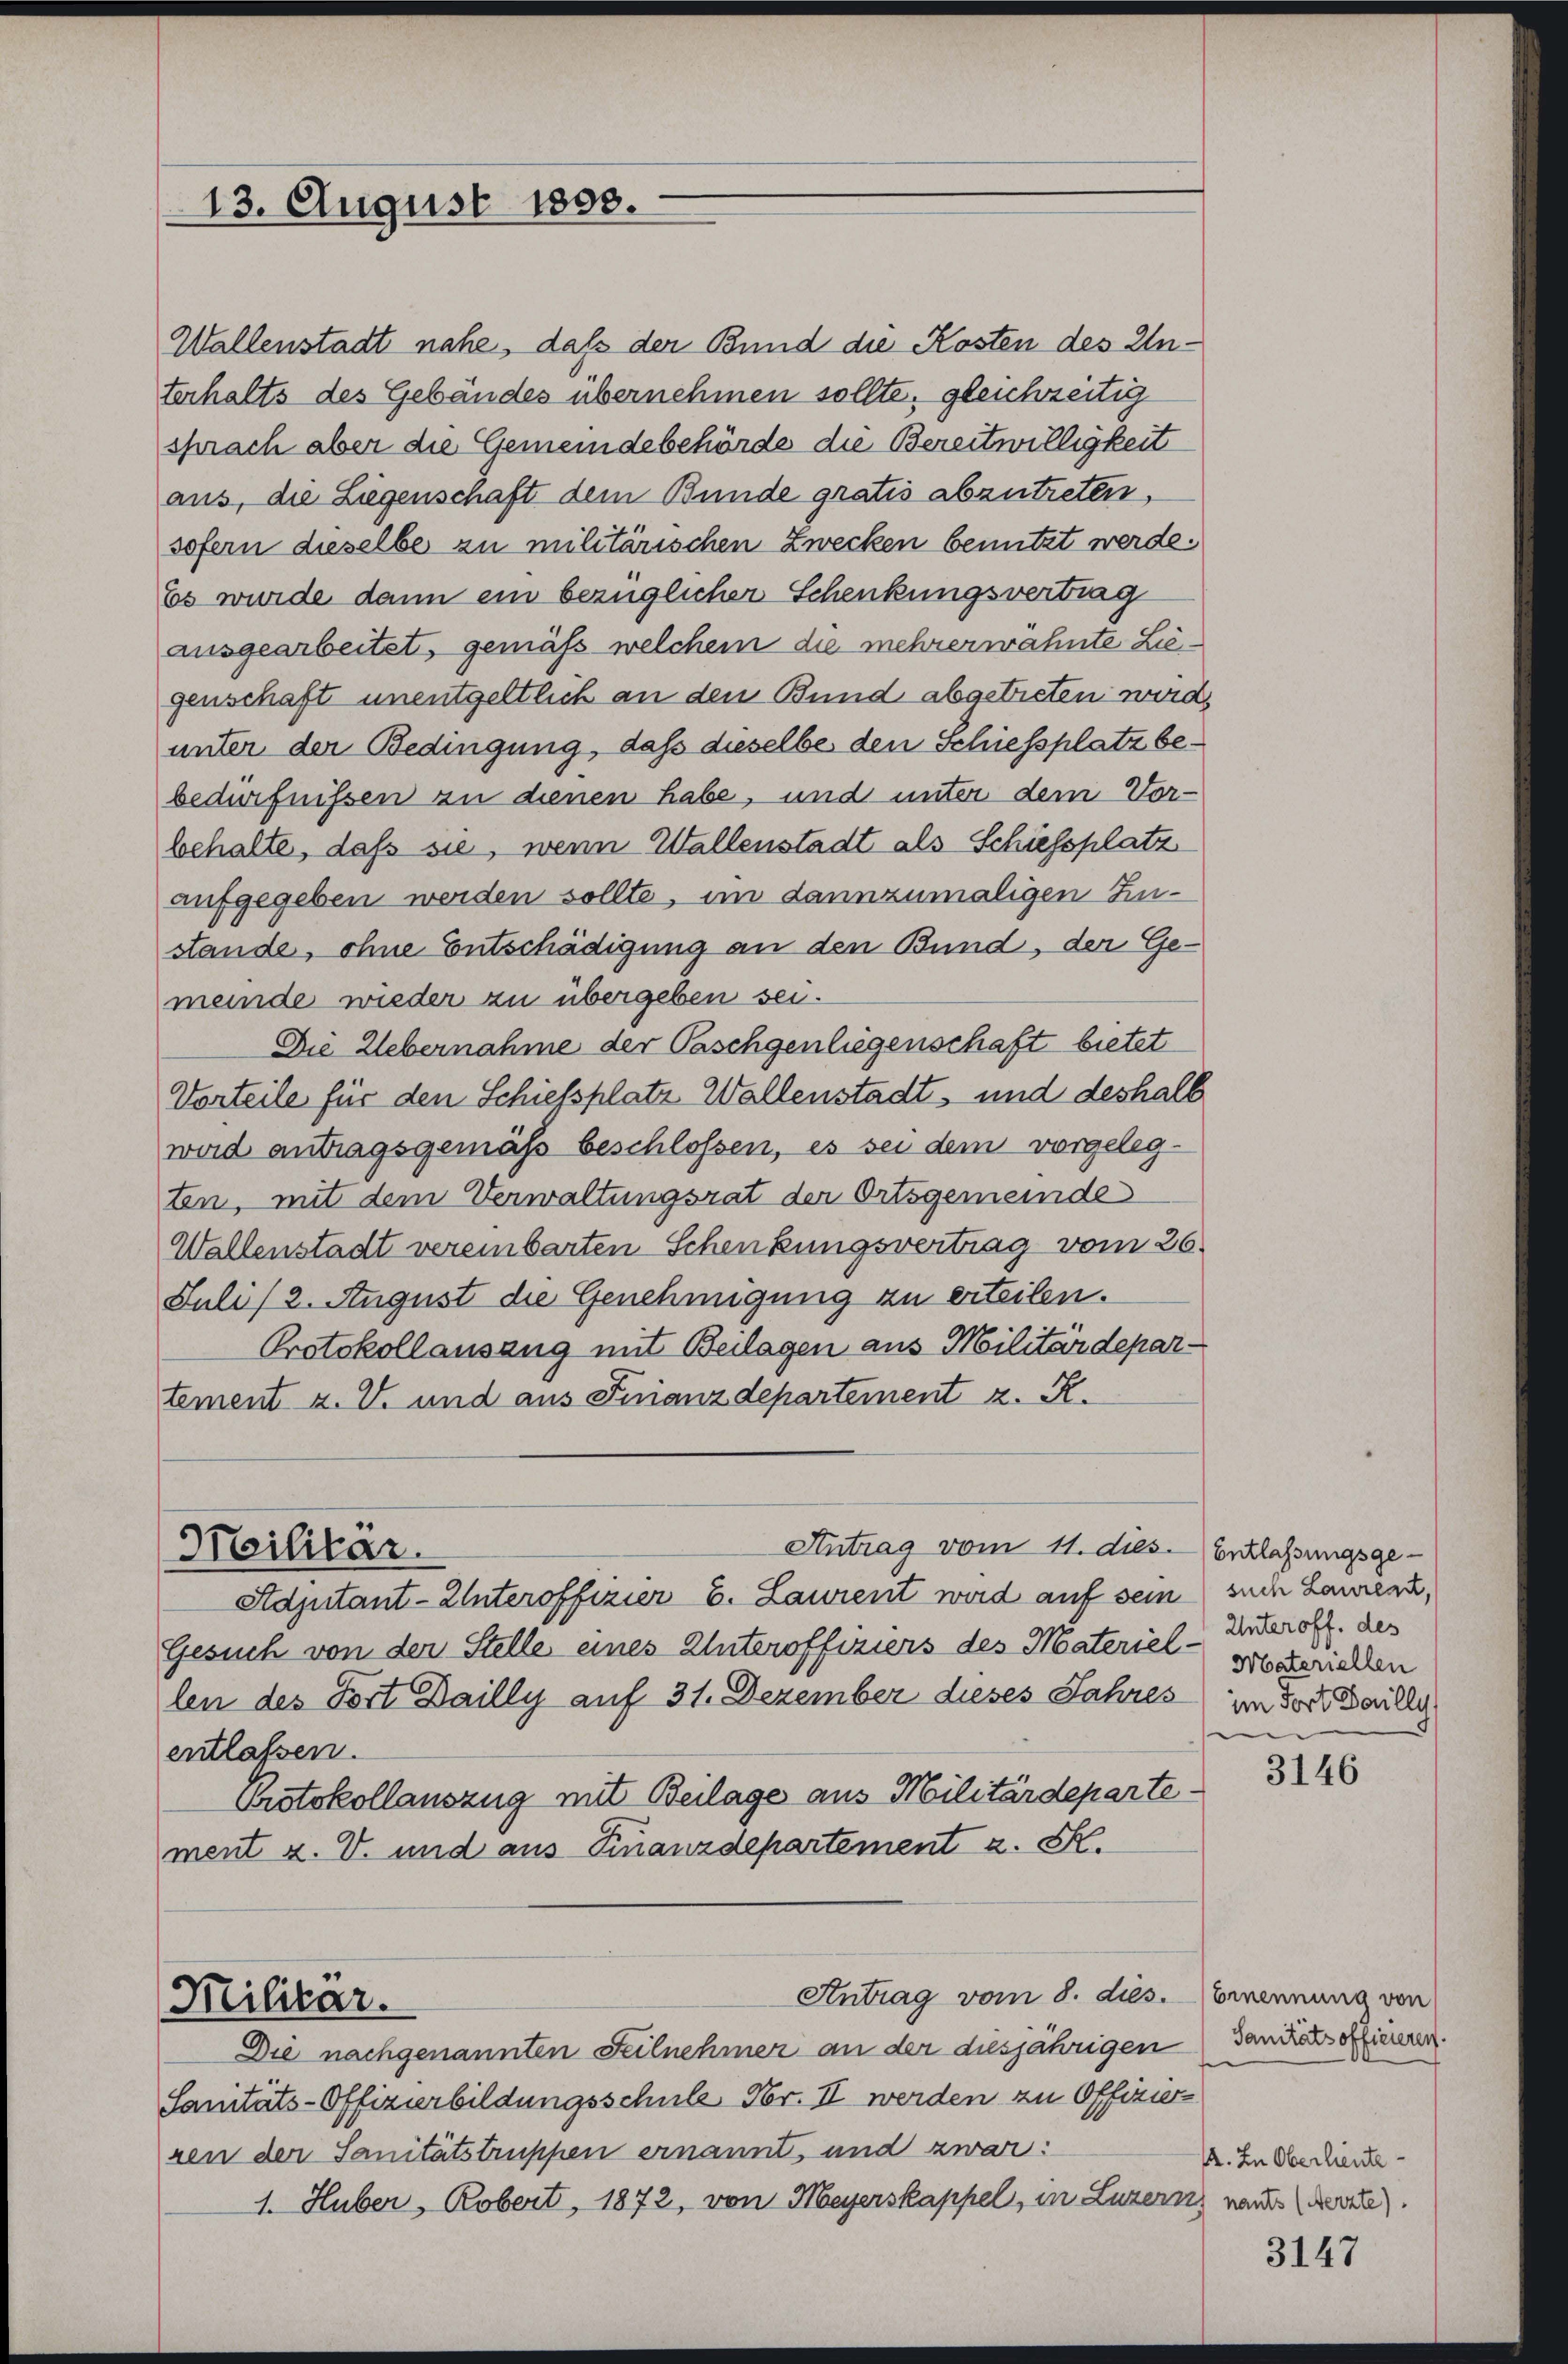
13. August 1858.

Wallenstadt nahe, daß der Bund die Kosten des Unterhalts des Gebäudes übernehmen sollte, gleichzeitig
sprach aber die Gemeindebehörde die Bereitwilligkeit
aus, die Liegenschaft dem Bunde gratis abzutreten,
sofern dieselbe zu militärischen Zwecken benutzt werde.
Es wurde dann ein bezüglicher Schenkungsvertrag
ausgearbeitet, gemäß welchem die mehrerwähnte Liegenschaft unentgeltlich an den Bund abgetreten wird.
unter der Bedingung, daß dieselbe den Schiessplatz bebedürfnissen zu dienen habe, und unter dem Vor-
behalte, daß sie, wenn Wallenstadt als Schiessplatz
aufgegeben werden sollte, im dannzumaligen Zustande, ohne Entschädigung an den Bund, der Ge-
meinde wieder zu übergeben sei.
Die Uebernahme der Paschgenliegenschaft bietet
Vorteile für den Schiessplatz Wallenstadt, und deshalb
wird antragsgemäß beschlossen, es sei dem vorgelegten, mit dem Verwaltungsrat der Ortsgemeinde
Wallenstadt vereinbarten Schenkungsvertrag vom 26.
Juli/ 2. August die Genehmigung zu erteilen.
Protokollansang mit Beilagen aus Militärdepartement z. V. und aus Finanzdepartement z. R.

Militär.

Adjutant-Unteroffizier B. Laurent wird auf sein such Lanerz,
Gesuch von der Stelle eines Unteroffiziers des Materiel- vorgerichten
len des Fort Dailly auf 31. Dezember dieses Jahres im dort Willy
entlassen.
Protokollauszug mit Beilage aus Militärdepartement z. V. und aus Finanzdepartement a. S.
Antrag vom 8. dies. Ernennung von
Militär.
Die nachgenannten Teilnehmer an der diesjährigen danausofficieren.
Sanitäts-Offizierbildungsschule Nr. II werden zu Offizier
ren der Sanitätstruppen ernannt, und zwar:
1. Huber, Robert, 1872, von Meyerskappel, in Luzern nants werde.

Antrag vom 11. dies. Entlassungsge¬

Unteroff. des

3146

1. In Oberlieute

3147